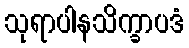
သုရာပါနသိက္ခာပဒံ